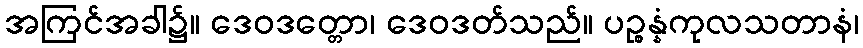
အကြင်အခါ၌။ ဒေဝဒတ္တော၊ ဒေဝဒတ်သည်။ ပဉ္စန္နံကုလသတာနံ၊